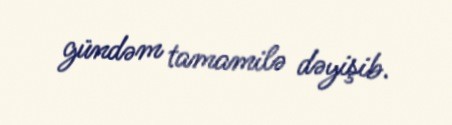
gündəm tamamilə dəyişib.